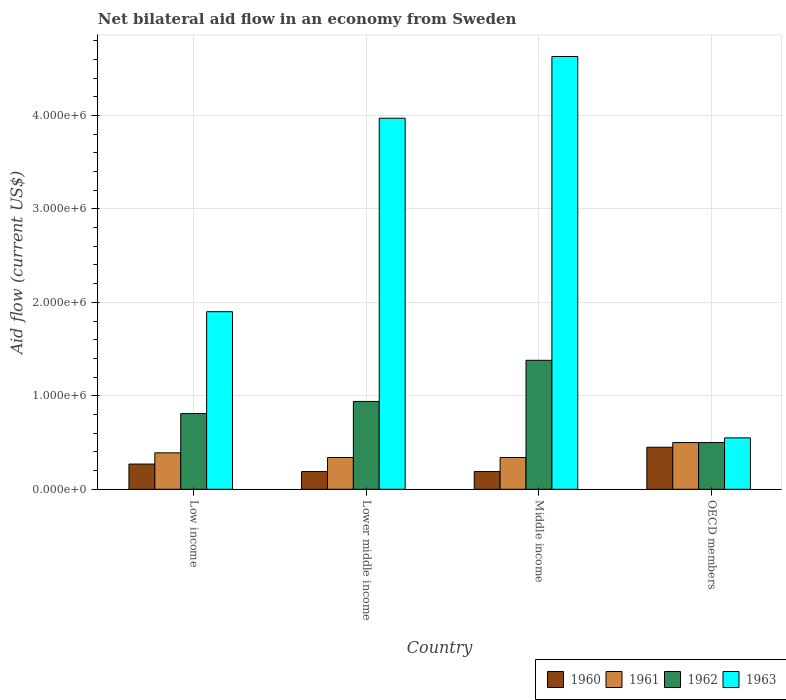
| Country | 1960 | 1961 | 1962 | 1963 |
 | --- | --- | --- | --- | --- |
 | Low income | 2.7e+05 | 3.9e+05 | 8.1e+05 | 1.9e+06 |
 | Lower middle income | 1.9e+05 | 3.4e+05 | 9.4e+05 | 3.97e+06 |
 | Middle income | 1.9e+05 | 3.4e+05 | 1.38e+06 | 4.63e+06 |
 | OECD members | 4.5e+05 | 5e+05 | 5e+05 | 5.5e+05 |